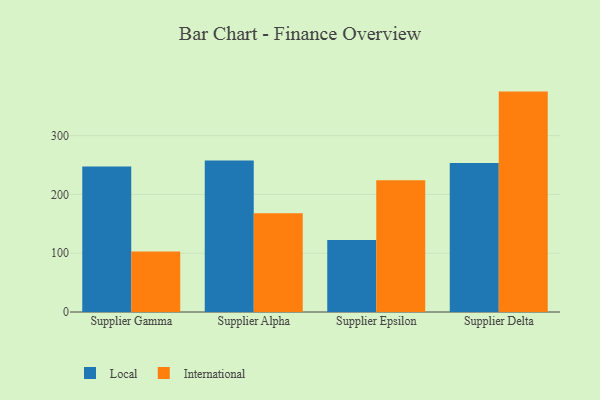
{"axis": {"x": "Supplier", "y": "Bounce Rate (%)"}, "legend": ["International", "Local"], "data": [{"x": "Supplier Gamma", "y": 247.3, "type": "Local"}, {"x": "Supplier Gamma", "y": 103.0, "type": "International"}, {"x": "Supplier Alpha", "y": 257.7, "type": "Local"}, {"x": "Supplier Alpha", "y": 167.9, "type": "International"}, {"x": "Supplier Epsilon", "y": 122.6, "type": "Local"}, {"x": "Supplier Epsilon", "y": 224.3, "type": "International"}, {"x": "Supplier Delta", "y": 253.5, "type": "Local"}, {"x": "Supplier Delta", "y": 374.9, "type": "International"}]}